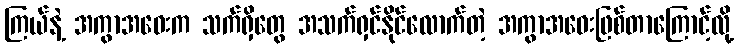
ကြယ်နဲ့ အကွာအဝေးက သက်ရှိတွေ အသက်ရှင်နိုင်လောက်တဲ့ အကွာအဝေးဖြစ်တာကြောင့်လို့